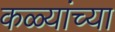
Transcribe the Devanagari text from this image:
कळ्यांच्या